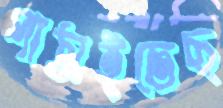
পাঠাইতেছ